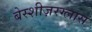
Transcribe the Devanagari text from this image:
बेस्शीज़रग्लास